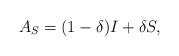
\begin{align*} A_S=(1-\delta)I+\delta S,\end{align*}